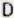
D